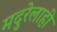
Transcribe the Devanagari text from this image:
मदुरेलाही